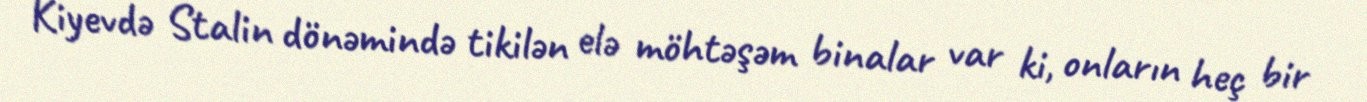
Kiyevdə Stalin dönəmində tikilən elə möhtəşəm binalar var ki, onların heç bir